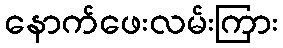
နောက်ဖေးလမ်းကြား